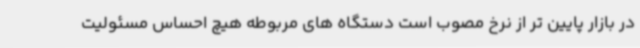
در بازار پایین تر از نرخ مصوب است دستگاه های مربوطه هیچ احساس مسئولیت